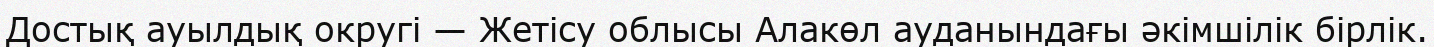
Достық ауылдық округі — Жетісу облысы Алакөл ауданындағы әкімшілік бірлік.